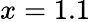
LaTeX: x=1.1